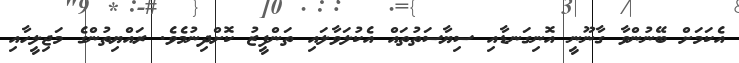
އެކަމަށް ބޭނުންވާ ގާނޫނީ އޮނިގަނޑާއި ސިޔާސަތުތައް އެކުލަވާލައި ތަންފީޒު ކޮށްދިނުމެވެ. ރައްޔިތުންގެ މަޖިލީހާއި